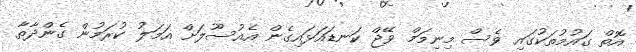
އޮތް ގައުމުތަކުގައި ވެސް މިނިމަމް ވޭޖް ކަނޑައަޅައިގެން އެއުސޫލަށް އަމަލު ކުރަމުން ގެންދާތާ